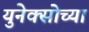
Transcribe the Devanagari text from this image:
युनेक्सोच्या